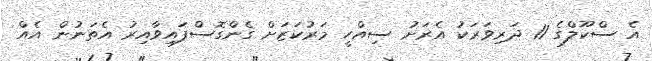
އެ ސްކޫލްގެ 11 ދަރިވަރަކު އެރަށު ސިއްހީ މަރުކަޒަށް ގެންގޮސްފައިވާއިރު އެތަނުން އެއް